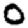
Digit: 0